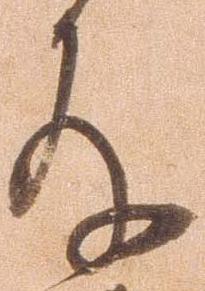
存